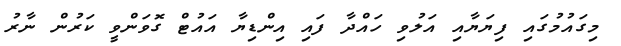
މިގައުމުގައި ފިޔަޔާއި އަލުވި ހައްދާ ފައި އިންޑިޔާ އައުޓް ގޮވަންވީ ކަރުން ނާރު